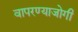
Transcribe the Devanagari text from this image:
वापरण्याजोगी